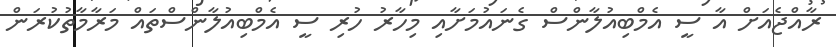
ރާއްޖެއަށް އާ ސީ އެމްބިއުލާންސް ގެނައުމަށާއި މިހާރު ހުރި ސީ އެމްބިއުލާންސްތައް މަރާމާތުކުރަން